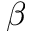
\ensuremath { \beta }